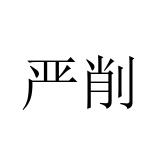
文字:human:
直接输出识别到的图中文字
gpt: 严削